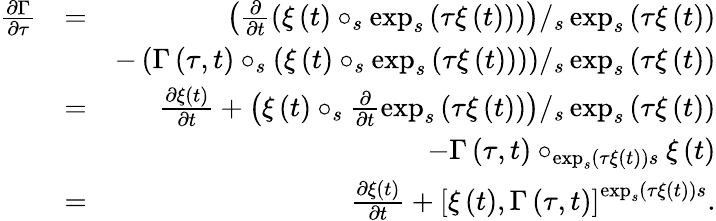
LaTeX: \begin{array}{rlr}{\frac{\partial\Gamma}{\partial\tau}}&{=}&{\left(\frac{\partial}{\partial t}\left(\xi\left(t\right)\circ_{s}\exp_{s}\left(\tau\xi\left(t\right)\right)\right)\right)/_{s}\exp_{s}\left(\tau\xi\left(t\right)\right)}\\ &{}&{-\left(\Gamma\left(\tau,t\right)\circ_{s}\left(\xi\left(t\right)\circ_{s}\exp_{s}\left(\tau\xi\left(t\right)\right)\right)\right)/_{s}\exp_{s}\left(\tau\xi\left(t\right)\right)}\\ &{=}&{\frac{\partial\xi\left(t\right)}{\partial t}+\left(\xi\left(t\right)\circ_{s}\frac{\partial}{\partial t}\exp_{s}\left(\tau\xi\left(t\right)\right)\right)/_{s}\exp_{s}\left(\tau\xi\left(t\right)\right)}\\ &{}&{-\Gamma\left(\tau,t\right)\circ_{\exp_{s}\left(\tau\xi\left(t\right)\right)s}\xi\left(t\right)}\\ &{=}&{\frac{\partial\xi\left(t\right)}{\partial t}+\left[\xi\left(t\right),\Gamma\left(\tau,t\right)\right]^{\exp_{s}\left(\tau\xi\left(t\right)\right)s}.}\end{array}